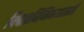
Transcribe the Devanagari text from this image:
विचारविनिमयासाठी